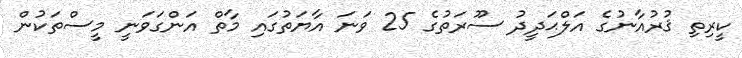
ކީރިތި ޤުރުއާނުގެ އަލްޙަދީދު ސޫރަތުގެ 25 ވަނަ އާޔަތުގައި މާތް އަންގަވަނީ މީސްތަކުން